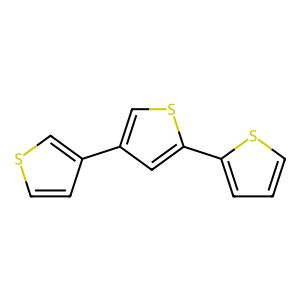
SMILES: c1csc(-c2cc(-c3ccsc3)cs2)c1
Inhibits HIV replication: No